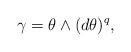
LaTeX: \begin{align*}\gamma = \theta \wedge (d\theta )^{q},\end{align*}